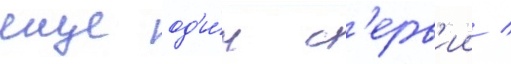
еще од'и́н с'ерв'ии /